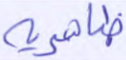
ظاهرية